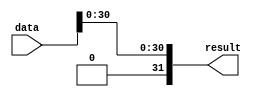
// megafunction wizard: %ALTFP_ABS%
// GENERATION: STANDARD
// VERSION: WM1.0
// MODULE: ALTFP_ABS 

// ============================================================
// Megafunction Name(s):
// 			ALTFP_ABS
//
// Simulation Library Files(s):
// 			
// ============================================================
// ************************************************************
// THIS IS A WIZARD-GENERATED FILE. DO NOT EDIT THIS FILE!
//
// 18.1.0 Build 625 09/12/2018 SJ Lite Edition
// ************************************************************


//Copyright (C) 2018  Intel Corporation. All rights reserved.
//Your use of Intel Corporation's design tools, logic functions 
//and other software and tools, and its AMPP partner logic 
//functions, and any output files from any of the foregoing 
//(including device programming or simulation files), and any 
//associated documentation or information are expressly subject 
//to the terms and conditions of the Intel Program License 
//Subscription Agreement, the Intel Quartus Prime License Agreement,
//the Intel FPGA IP License Agreement, or other applicable license
//agreement, including, without limitation, that your use is for
//the sole purpose of programming logic devices manufactured by
//Intel and sold by Intel or its authorized distributors.  Please
//refer to the applicable agreement for further details.


//altfp_abs CBX_AUTO_BLACKBOX="ALL" DEVICE_FAMILY="Cyclone V" PIPELINE=0 WIDTH_EXP=8 WIDTH_MAN=23 data result
//VERSION_BEGIN 18.1 cbx_altfp_abs 2018:09:12:13:04:24:SJ cbx_mgl 2018:09:12:13:10:36:SJ  VERSION_END
// synthesis VERILOG_INPUT_VERSION VERILOG_2001
// altera message_off 10463


//synthesis_resources = 
//synopsys translate_off
`timescale 1 ps / 1 ps
//synopsys translate_on
module  absolute_value_altfp_abs_t0a
	( 
	data,
	result) ;
	input   [31:0]  data;
	output   [31:0]  result;

	wire  [31:0]  data_w;
	wire  gnd_w;

	assign
		data_w = {gnd_w, data[30:0]},
		gnd_w = 1'b0,
		result = data_w;
endmodule //absolute_value_altfp_abs_t0a
//VALID FILE


// synopsys translate_off
`timescale 1 ps / 1 ps
// synopsys translate_on
module absolute_value (
	data,
	result);

	input	[31:0]  data;
	output	[31:0]  result;

	wire [31:0] sub_wire0;
	wire [31:0] result = sub_wire0[31:0];

	absolute_value_altfp_abs_t0a	absolute_value_altfp_abs_t0a_component (
				.data (data),
				.result (sub_wire0));

endmodule

// ============================================================
// CNX file retrieval info
// ============================================================
// Retrieval info: LIBRARY: altera_mf altera_mf.altera_mf_components.all
// Retrieval info: PRIVATE: INTENDED_DEVICE_FAMILY STRING "Cyclone IV E"
// Retrieval info: CONSTANT: INTENDED_DEVICE_FAMILY STRING "UNUSED"
// Retrieval info: CONSTANT: LPM_HINT STRING "UNUSED"
// Retrieval info: CONSTANT: LPM_TYPE STRING "altfp_abs"
// Retrieval info: CONSTANT: PIPELINE NUMERIC "0"
// Retrieval info: CONSTANT: WIDTH_EXP NUMERIC "8"
// Retrieval info: CONSTANT: WIDTH_MAN NUMERIC "23"
// Retrieval info: USED_PORT: data 0 0 32 0 INPUT NODEFVAL "data[31..0]"
// Retrieval info: CONNECT: @data 0 0 32 0 data 0 0 32 0
// Retrieval info: USED_PORT: result 0 0 32 0 OUTPUT NODEFVAL "result[31..0]"
// Retrieval info: CONNECT: result 0 0 32 0 @result 0 0 32 0
// Retrieval info: GEN_FILE: TYPE_NORMAL absolute_value.v TRUE FALSE
// Retrieval info: GEN_FILE: TYPE_NORMAL absolute_value.qip TRUE FALSE
// Retrieval info: GEN_FILE: TYPE_NORMAL absolute_value.bsf FALSE TRUE
// Retrieval info: GEN_FILE: TYPE_NORMAL absolute_value_inst.v TRUE TRUE
// Retrieval info: GEN_FILE: TYPE_NORMAL absolute_value_bb.v FALSE TRUE
// Retrieval info: GEN_FILE: TYPE_NORMAL absolute_value.inc FALSE TRUE
// Retrieval info: GEN_FILE: TYPE_NORMAL absolute_value.cmp FALSE TRUE
// Retrieval info: PRIVATE: SYNTH_WRAPPER_GEN_POSTFIX NUMERIC "1"